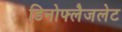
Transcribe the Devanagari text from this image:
डिनोफ्लैजलेट